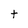
Character: t